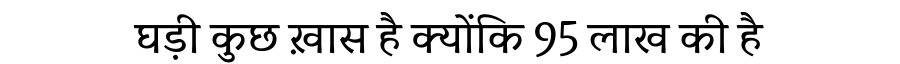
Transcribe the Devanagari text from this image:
घड़ी कुछ ख़ास है क्योंकि 95 लाख की है